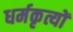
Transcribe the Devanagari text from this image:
धर्मकृत्यों